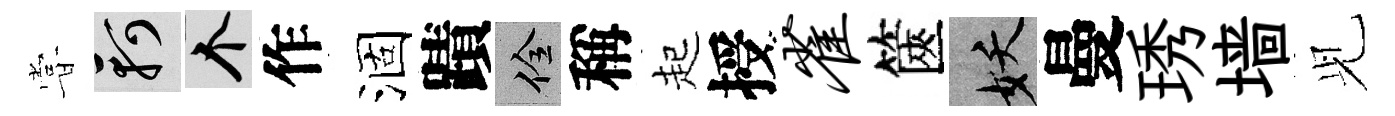
甞軻个作涸蹟佺稱起授雀篋妖曼琇墙𫤗